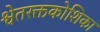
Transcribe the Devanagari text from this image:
श्वेतरक्तकोशिका